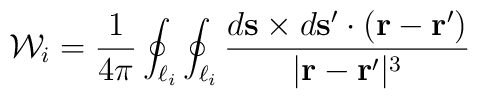
{\cal W}_i = \frac{1}{4\pi}\oint_{\ell_i}\oint_{\ell_i}\frac{d{\bf s} \times d{\bf s}' \cdot  ({\bf r}-{\bf r}')}{|{\bf r}-{\bf r}'|^3}